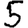
Digit: 5